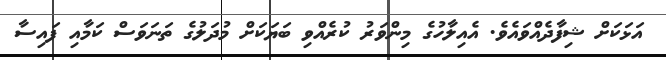
އަޅަކަށް ޝިފާދެއްވައެވެ. އެއިލާހުގެ މިންވަރު ކުރެއްވި ބަޔަކަށް މުދަލުގެ ތަނަވަސް ކަމާއި ފައިސާ